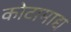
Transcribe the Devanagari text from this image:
कोटामाद्य